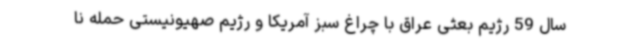
سال 59 رژیم بعثی عراق با چراغ سبز آمریکا و رژیم صهیونیستی حمله نا